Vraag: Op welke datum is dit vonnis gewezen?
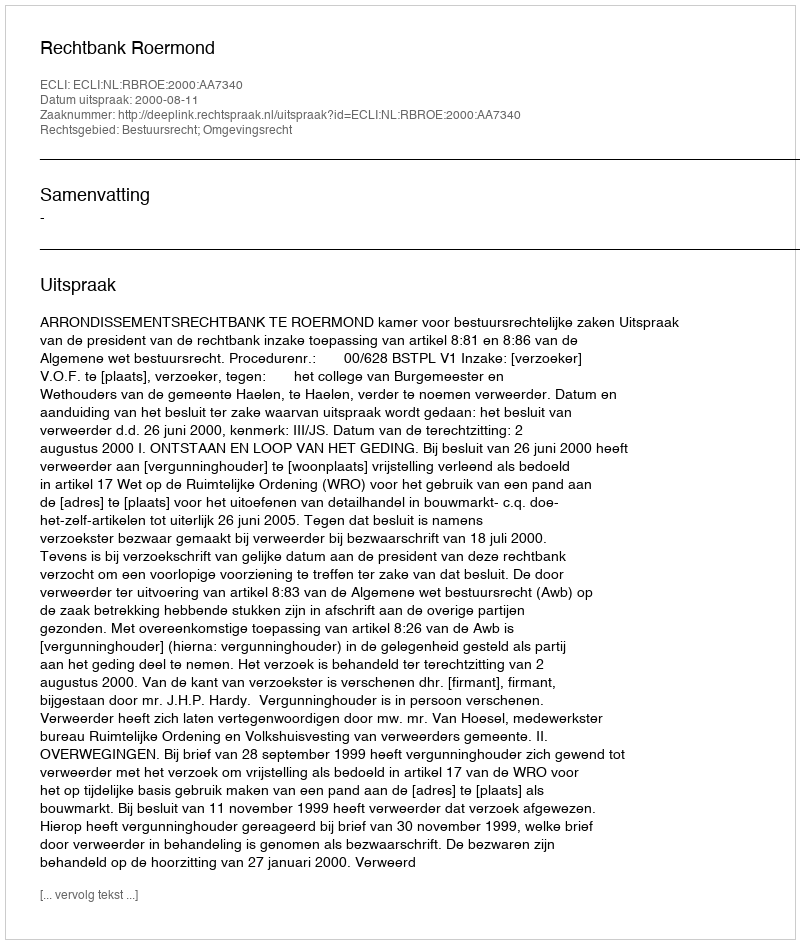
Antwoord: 2000-08-11